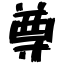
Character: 尊